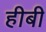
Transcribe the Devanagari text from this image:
हीबी